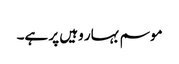
موسم بہار وہیں پر ہے۔